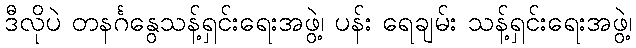
ဒီလိုပဲ တနင်္ဂနွေသန့်ရှင်းရေးအဖွဲ့၊ ပန်း ရေချမ်း သန့်ရှင်းရေးအဖွဲ့၊